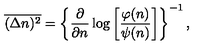
\overline { { ( \Delta n ) ^ { 2 } } } = \left\{ \frac { \partial } { \partial n } \log \left[ \frac { \varphi ( n ) } { \psi ( n ) } \right] \right\} ^ { - 1 } ,